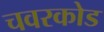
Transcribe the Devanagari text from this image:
चवरकोड